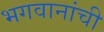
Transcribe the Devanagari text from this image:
भगवानांची